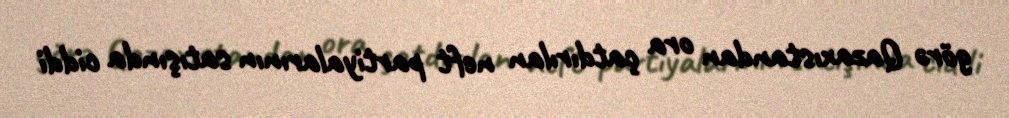
görə Qazaxıstandan ora çatdırılan neft partiyalarının satışında ciddi